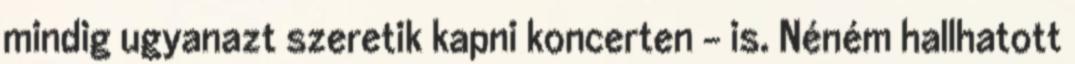
mindig ugyanazt szeretik kapni koncerten – is. Néném hallhatott